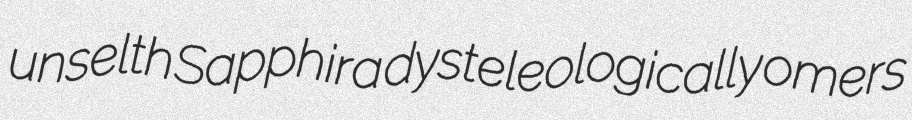
unselth Sapphira dysteleologically omers